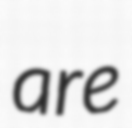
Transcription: are